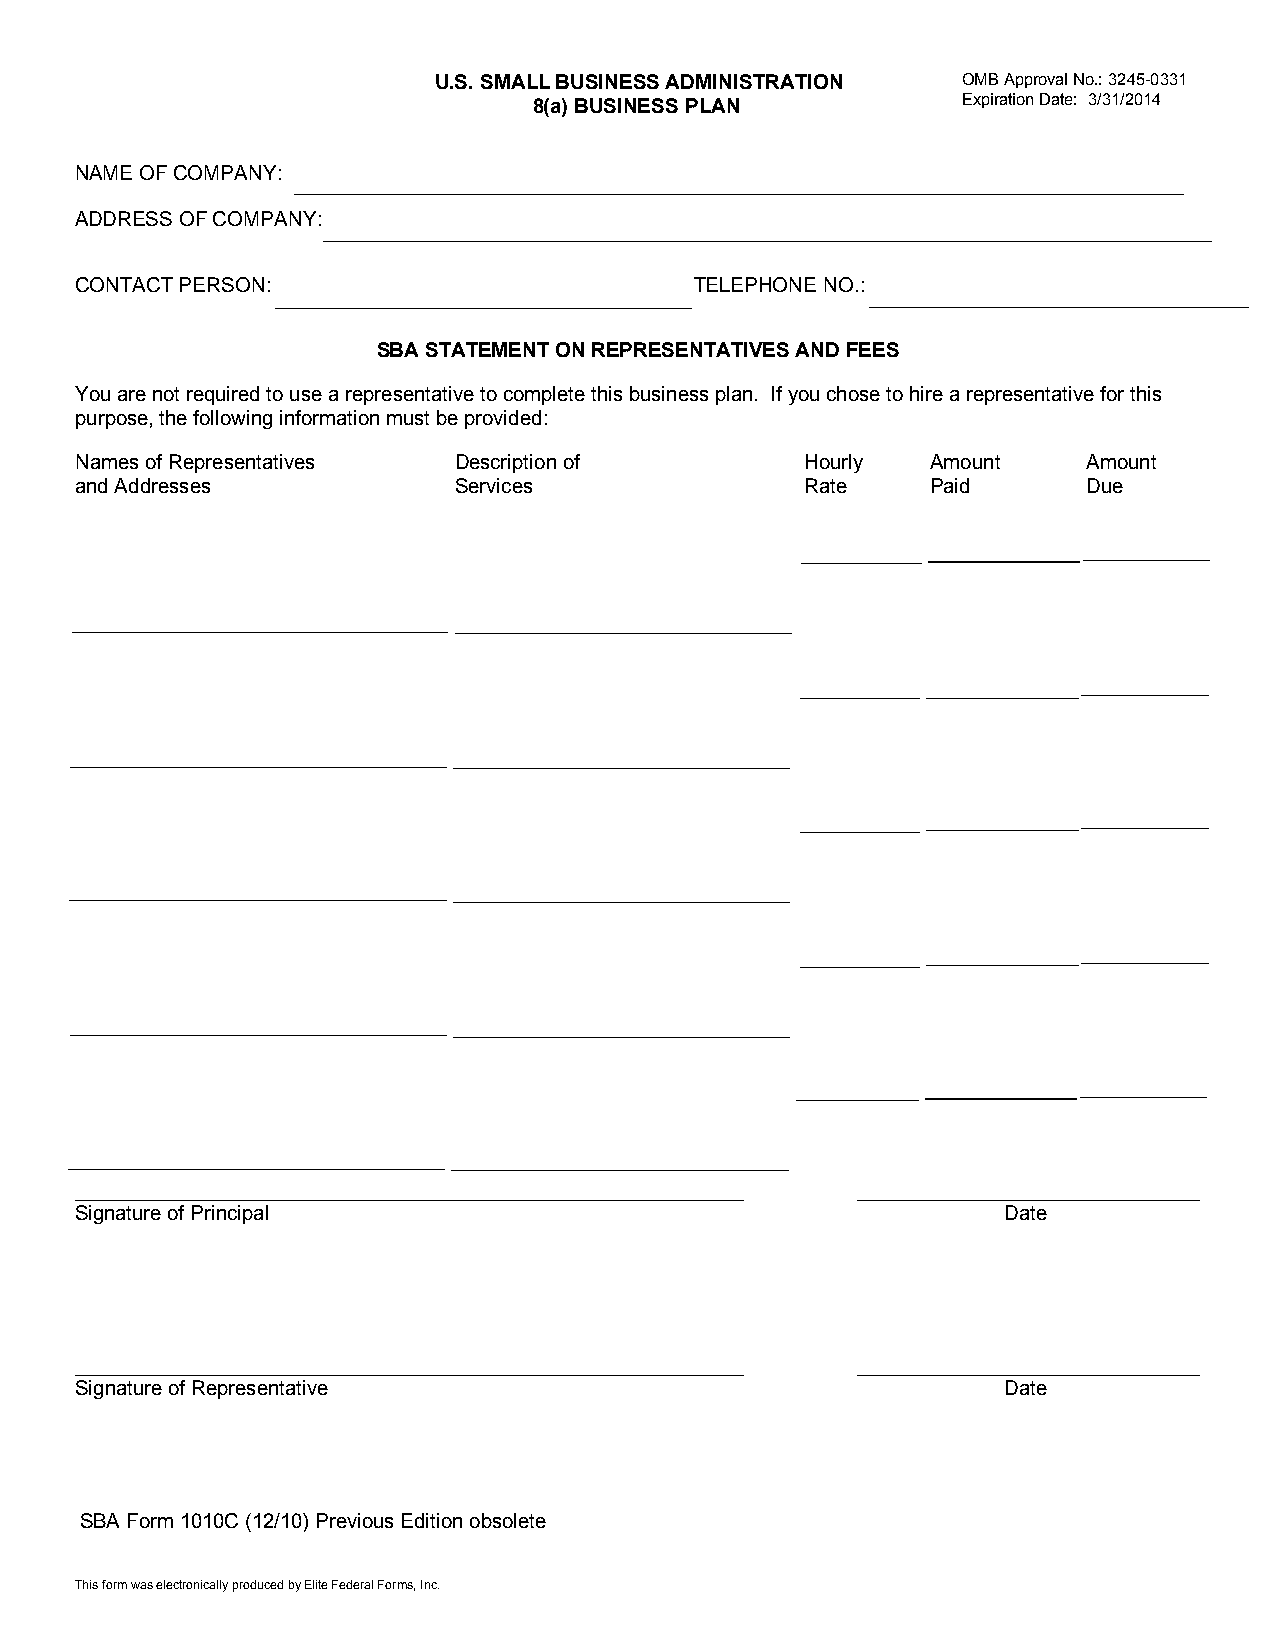
U.S. SMALL BUSINESS ADMINISTRATION OMB Approval No.: 3245-0331
 8(a) BUSINESS PLAN           Expiration Date: 3/31/2014
 NAME OF COMPANY:
 ADDRESS OF COMPANY:
 CONTACT PERSON:                          TELEPHONE NO.:
 SBA STATEMENT ON REPRESENTATIVES AND FEES
 You are not required to use a representative to complete this business plan. If you chose to hire a representative for this
 purpose, the following information must be provided:
 Names of Representatives Description of         Hourly   Amount    Amount
 and Addresses            Services               Rate     Paid      Due
 Signature of Principal                                       Date
 Signature of Representative                                  Date
 SBA Form 1010C (12/10) Previous Edition obsolete
 This form was electronically produced by Elite Federal Forms, Inc.